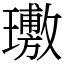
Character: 璷